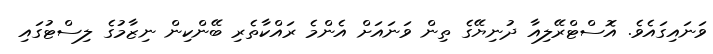
ވަނައިގައެވެ. އޮސްޓްރޭލިއާ ދުނިޔޭގެ ތިން ވަނައަށް އެންމެ ރައްކާތެރި ބޭންކިން ނިޒާމުގެ ލިސްޓުގައި